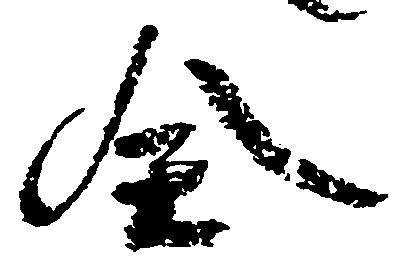
全